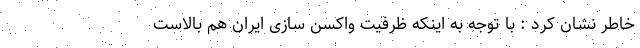
خاطر نشان کرد : با توجه به اینکه ظرفیت واکسن سازی ایران هم بالاست